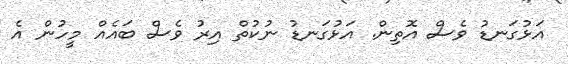
އަޅުގަނޑު ވެސް އޮތިން. އަޅުގަނޑު ނުކުތް އިރު ވެސް ބައެއް މީހުން އެ